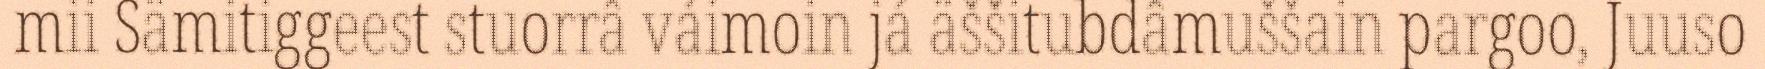
mii Sämitiggeest stuorrâ váimoin já äššitubdâmuššain pargoo, Juuso